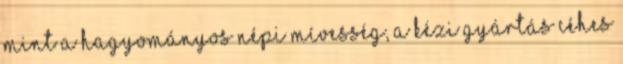
mint a hagyományos népi mívesség, a kézi gyártás céhes